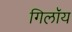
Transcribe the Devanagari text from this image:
गिलॉय